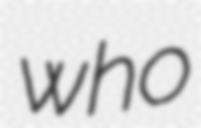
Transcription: who